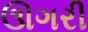
ઊગરી